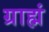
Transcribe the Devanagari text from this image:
ग्राह्मं